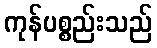
ကုန်ပစ္စည်းသည်